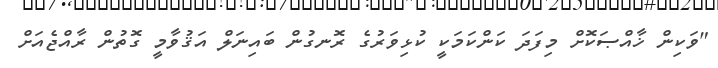
"ވަކިން ޚާއްޞަކޮށް މިފަދަ ކަންކަމަކީ ކުޅިވަރުގެ ރޮނގުން ބައިނަލް އަޤުވާމީ ގޮތުން ރާއްޖެއަށް